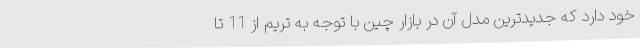
خود دارد که جدیدترین مدل آن در بازار چین با توجه به تریم از 11 تا